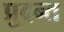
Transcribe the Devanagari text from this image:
प्रुदन्त